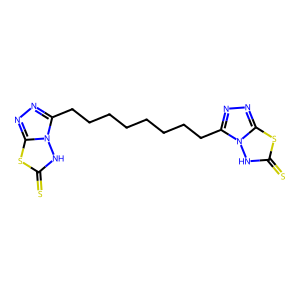
SMILES: S=c1[nH]n2c(CCCCCCCCc3nnc4sc(=S)[nH]n34)nnc2s1
Inhibits HIV replication: Yes